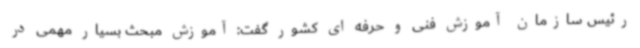
رئیس سازمان آموزش فنی و حرفه ای کشور گفت: آموزش مبحث بسیار مهمی در